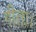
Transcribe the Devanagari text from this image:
गीता।